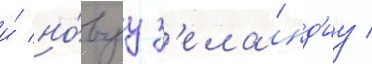
и́ но́вуу з'ела́нд'иу /